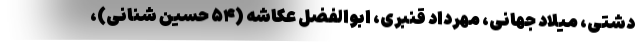
دشتی، میلاد جهانی، مهرداد قنبری، ابوالفضل عکاشه (۵۴ حسین شنانی)،